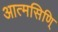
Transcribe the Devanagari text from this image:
आत्मसिणि्